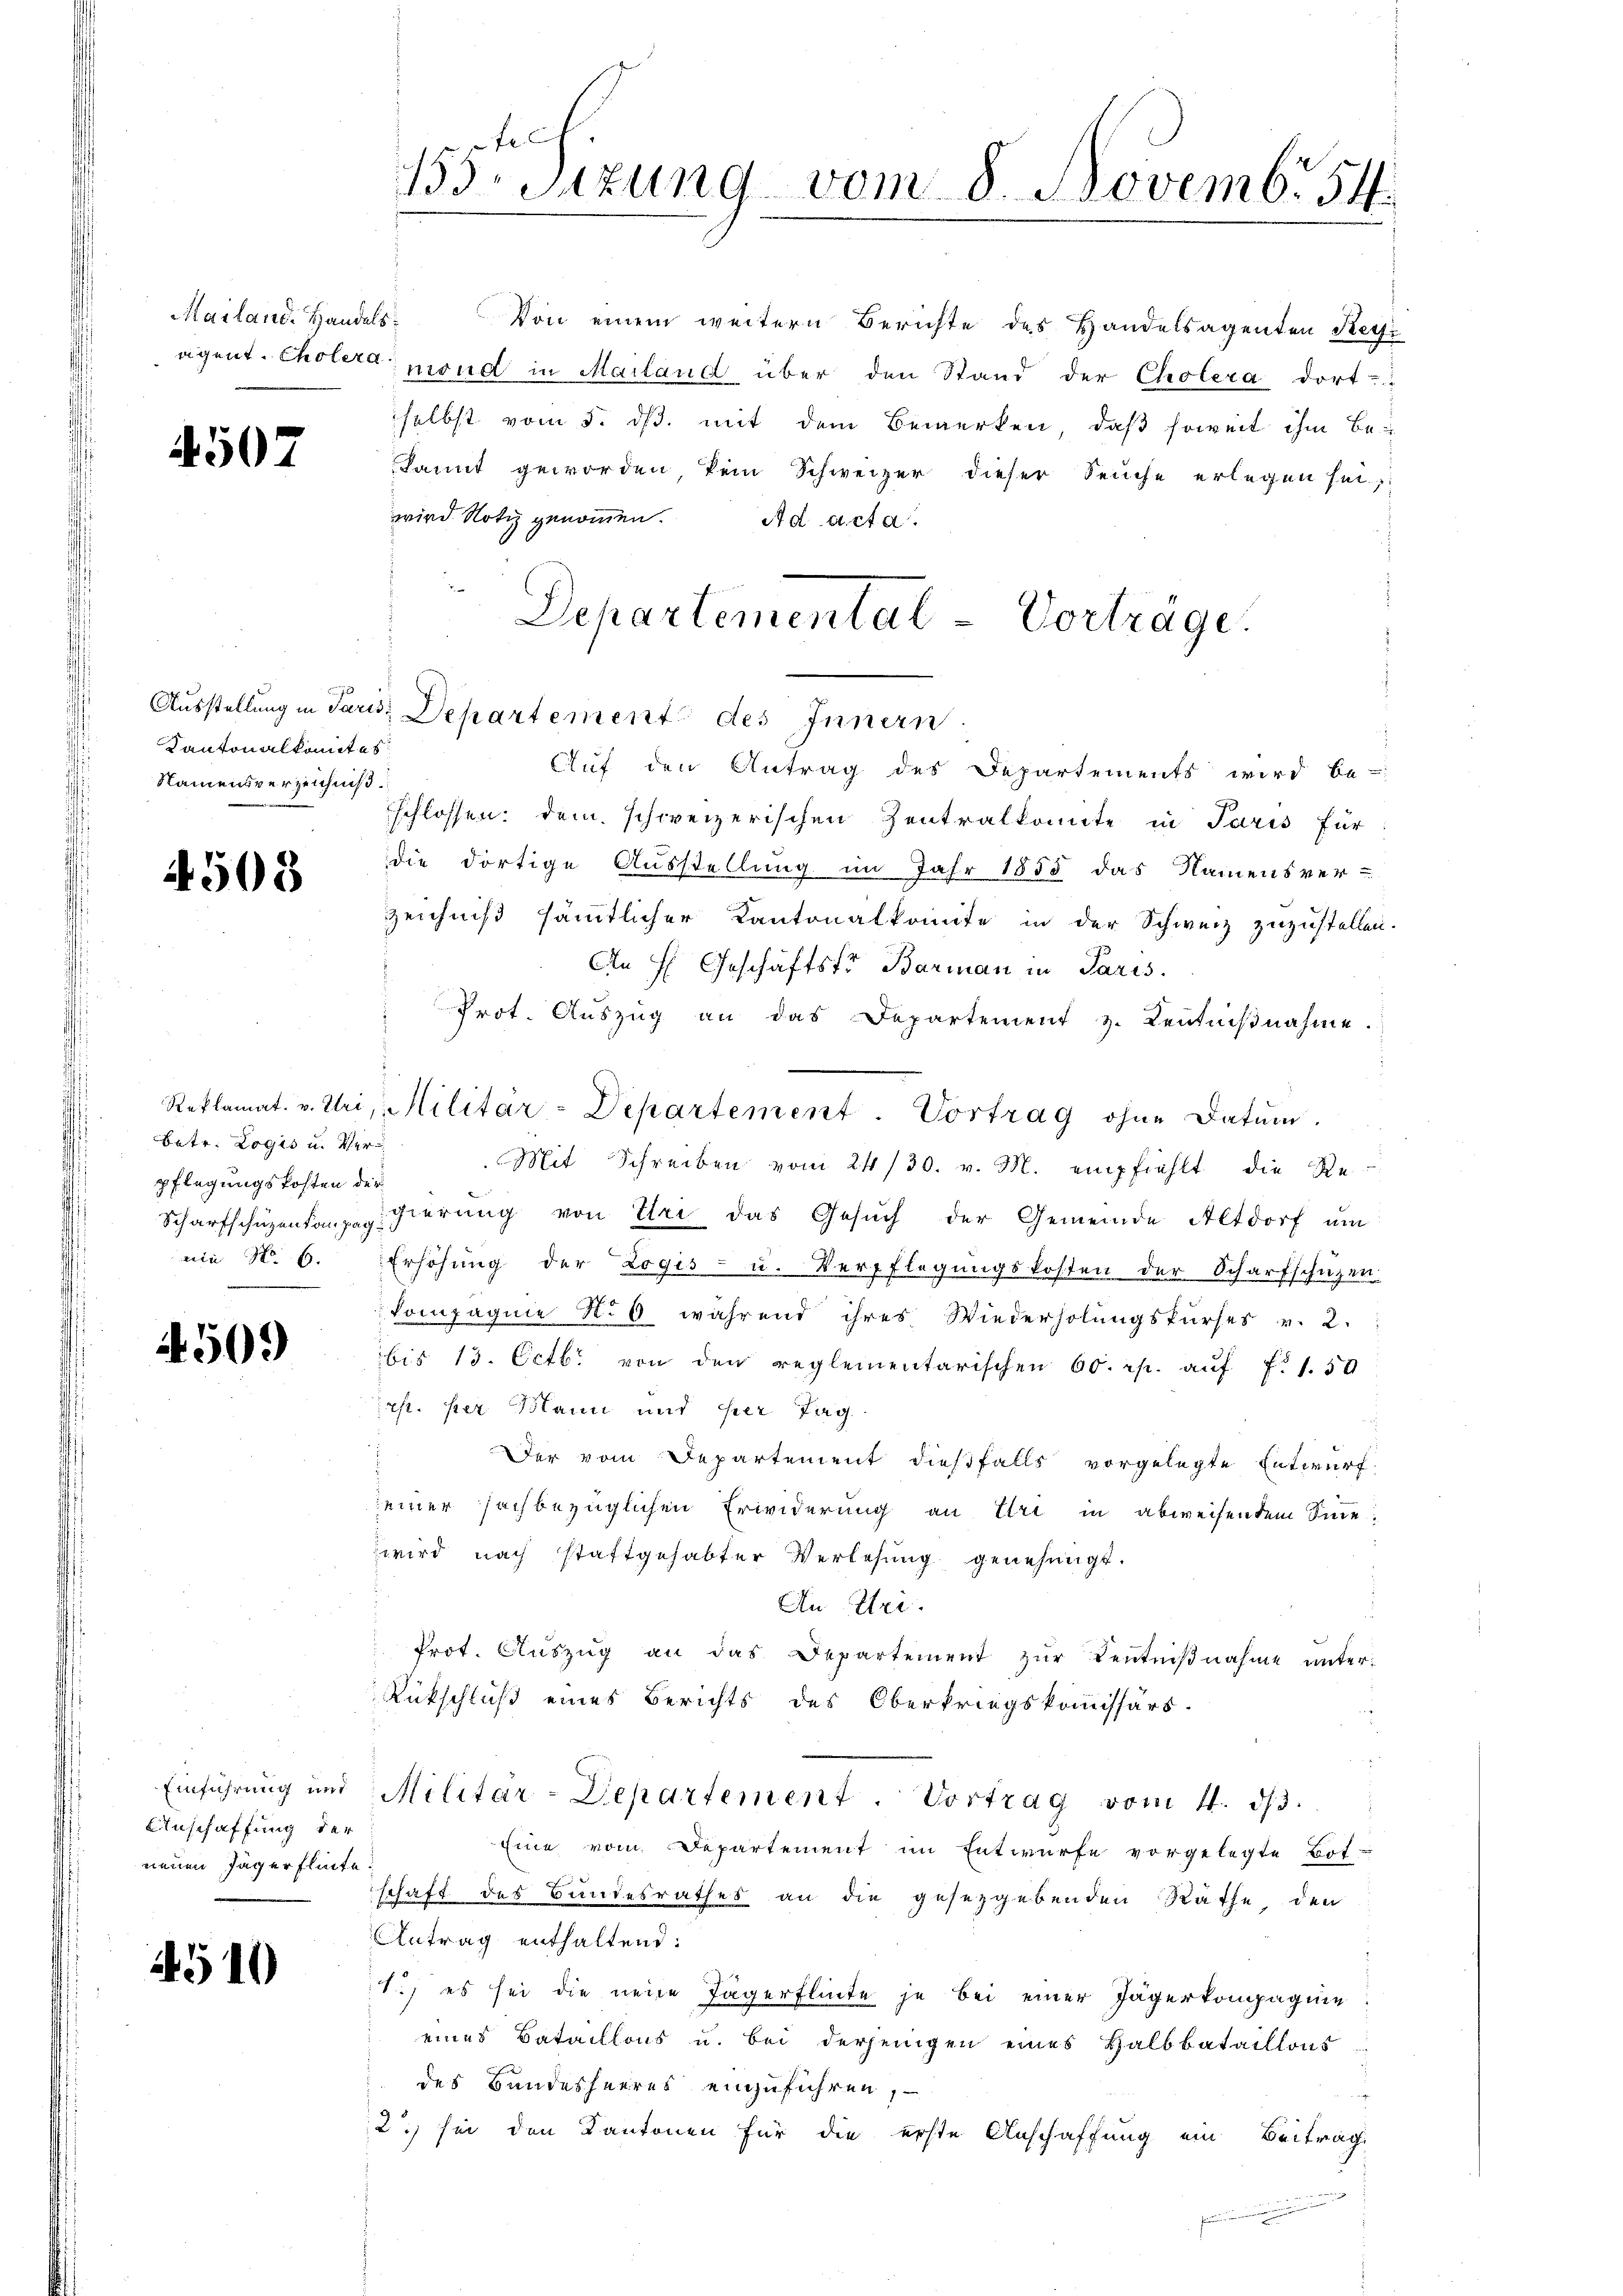
Mailand. Handels¬

4507

Kantonalkomites
Namensverzeichnis.

4503

betr. Logis u. Verpflegungskosten der
nie No. 6.

4509

Anschaffung der
neuen Jägerfliche

4510

Fr
BrStzung vom 8. Novemb. 54.

Von einem weitern Berichte des Handelsagenten Retzi
eigent. Choleramond in Mailand über den Stand der Cholera dort
selbst vom 5. ds. mit dem Bemerken, daß soweit ihm bekannt geworden, kein Schweizer dieser Feuche erlegen sei,
wird Notiz genommen. Ad acta.
Auf den Antrag des Departements wird be-
schlossen: dem schweizerischen Zentralkonnte in Paris für
die dortige Ausstellung im Jahr 1858 das Namensver-
zeichniß sämmtlicher Kantonalkomite in der Schweiz zuzustellen.
An H. Geschäftsfr. Barman in Paris.
Prot. Aŭszŭg an das Departement z. Kentniβnahme.
Reklamat. v. Uri, Militar-Departement. Vortrag ohne Datum.
Mit Schreiben vom 24/30. v. M. empfiehlt die Re
Scharfschüzentanzengierung von Uri das Gesuch der Gemeinde Altdorf um
Erhöhung der Logis- u. Verpflegungskosten der Scharfschüzen
kompagnie No 0 während ihres Wiederholungskurses v. 2.
bis 13. Octbr. von den reglementarischen 60 rp. aŭf f. 1.50
rst. per Bann und per Tag
Der vom Departement dießfalls vorgelegte Entwurf
seiner sachbezüglichen Erwiderung an Uri in abweisendem Sinnewird nach stattgehabter Verlesung genehmigt.
An Uri.
Prot. Aŭszŭg an das Departement zŭr Kentniβnahme unter¬
Rückschluß eines Berichts des Oberkriegskommissärs
Einführung und Militar-Departement. Vortrag vom 4. ds.
Eine vom Departement im Entwurfe vorgelegte Botschaft des Bundesrathes an die gesetzgebenden Räthe den
Antrag enthaltend:
1.) es sei die neue Tagerflinde je bei einer Jägerkompagnie
eines Bataillons u. bei derjenigen eines Halbbataillons-
des Bundesheeres einzuführen,
2.) sei den Kantonen für die erste Anschaffung ein Beitrag
indun

Departemental-Vorträge.
Ausstellung in Paris Departement des Innern.